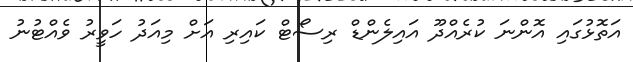
އަތޮޅުގައި އޮންނަ ކުރެއްދޫ އައިލެންޑް ރިސޯޓް ކައިރި އަށް މިއަދު ހަވީރު ވެއްޓުނު